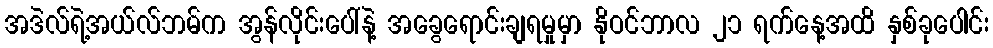
အဒဲလ်ရဲ့အယ်လ်ဘမ်က အွန်လိုင်းပေါ်နဲ့ အခွေရောင်းချရမှုမှာ နိုဝင်ဘာလ ၂၁ ရက်နေ့အထိ နှစ်ခုပေါင်း